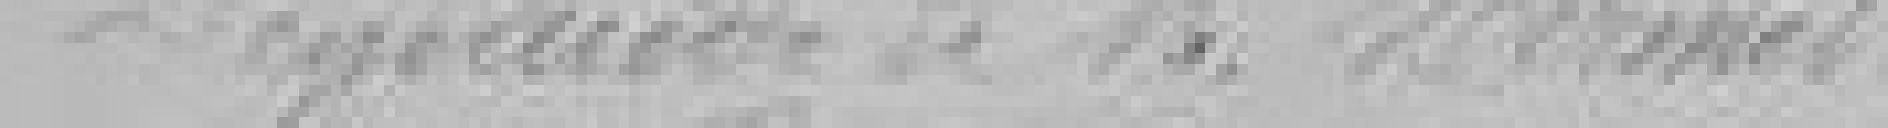
Demande de M.